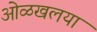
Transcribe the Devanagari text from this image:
ओळखलया